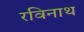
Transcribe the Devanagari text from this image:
रविनाथ